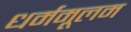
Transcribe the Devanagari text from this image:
धर्ममूलम